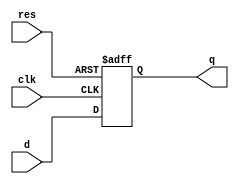
/* FPGA Util library
	Copyright (C) 2013-2014  Carsten Elton Sorensen

	This program is free software: you can redistribute it and/or modify
	it under the terms of the GNU General Public License as published by
	the Free Software Foundation, either version 3 of the License, or
	(at your option) any later version.

	This program is distributed in the hope that it will be useful,
	but WITHOUT ANY WARRANTY; without even the implied warranty of
	MERCHANTABILITY or FITNESS FOR A PARTICULAR PURPOSE.  See the
	GNU General Public License for more details.

	You should have received a copy of the GNU General Public License
	along with this program.  If not, see <http://www.gnu.org/licenses/>.
*/

module util_dff(
	input clk,
	input res,
	input d,
	output reg q
);

always @(posedge clk or posedge res)
	if(res)
		q <= 1'b0;
	else
		q <= d;

endmodule


// Synchronizes an asynchronous signal d to clk. The pulse width of d must be larger than clk
module util_sync_domain(
	input clk,
	input d,
	output reg q
);

reg delayed;

always @(posedge clk) begin
	q <= delayed;
	delayed <= d;
end
	
endmodule	


module util_delay(
	input clk,
	input res,
	input in,
	input res_in,
	output reg out
);

always @(posedge clk or posedge res)
	if(res) begin
		out <= res_in;
	end else begin
		out <= in;
	end

endmodule



module util_posedge(
	input clk,
	input res,
	input in,
	output out
);

wire in_delay;
util_delay delay(clk, res, in, in, in_delay);

assign out = in && !in_delay;

endmodule



module util_negedge(
	input clk,
	input res,
	input in,
	output out
);

wire in_delay;
util_delay delay(clk, res, in, in, in_delay);

assign out = !in && in_delay;

endmodule